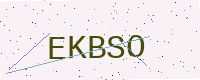
Text: EKBSO